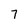
Character: 7